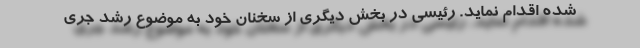
شده اقدام نماید. رئیسی در بخش دیگری از سخنان خود به موضوع رشد جری